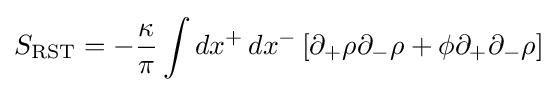
S_{\text{RST}}=-{\frac {\kappa }{\pi }}\int dx^{+}\,dx^{-}\left[\partial _{+}\rho \partial _{-}\rho +\phi \partial _{+}\partial _{-}\rho \right]